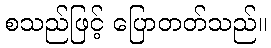
စသည်ဖြင့် ပြောတတ်သည်။